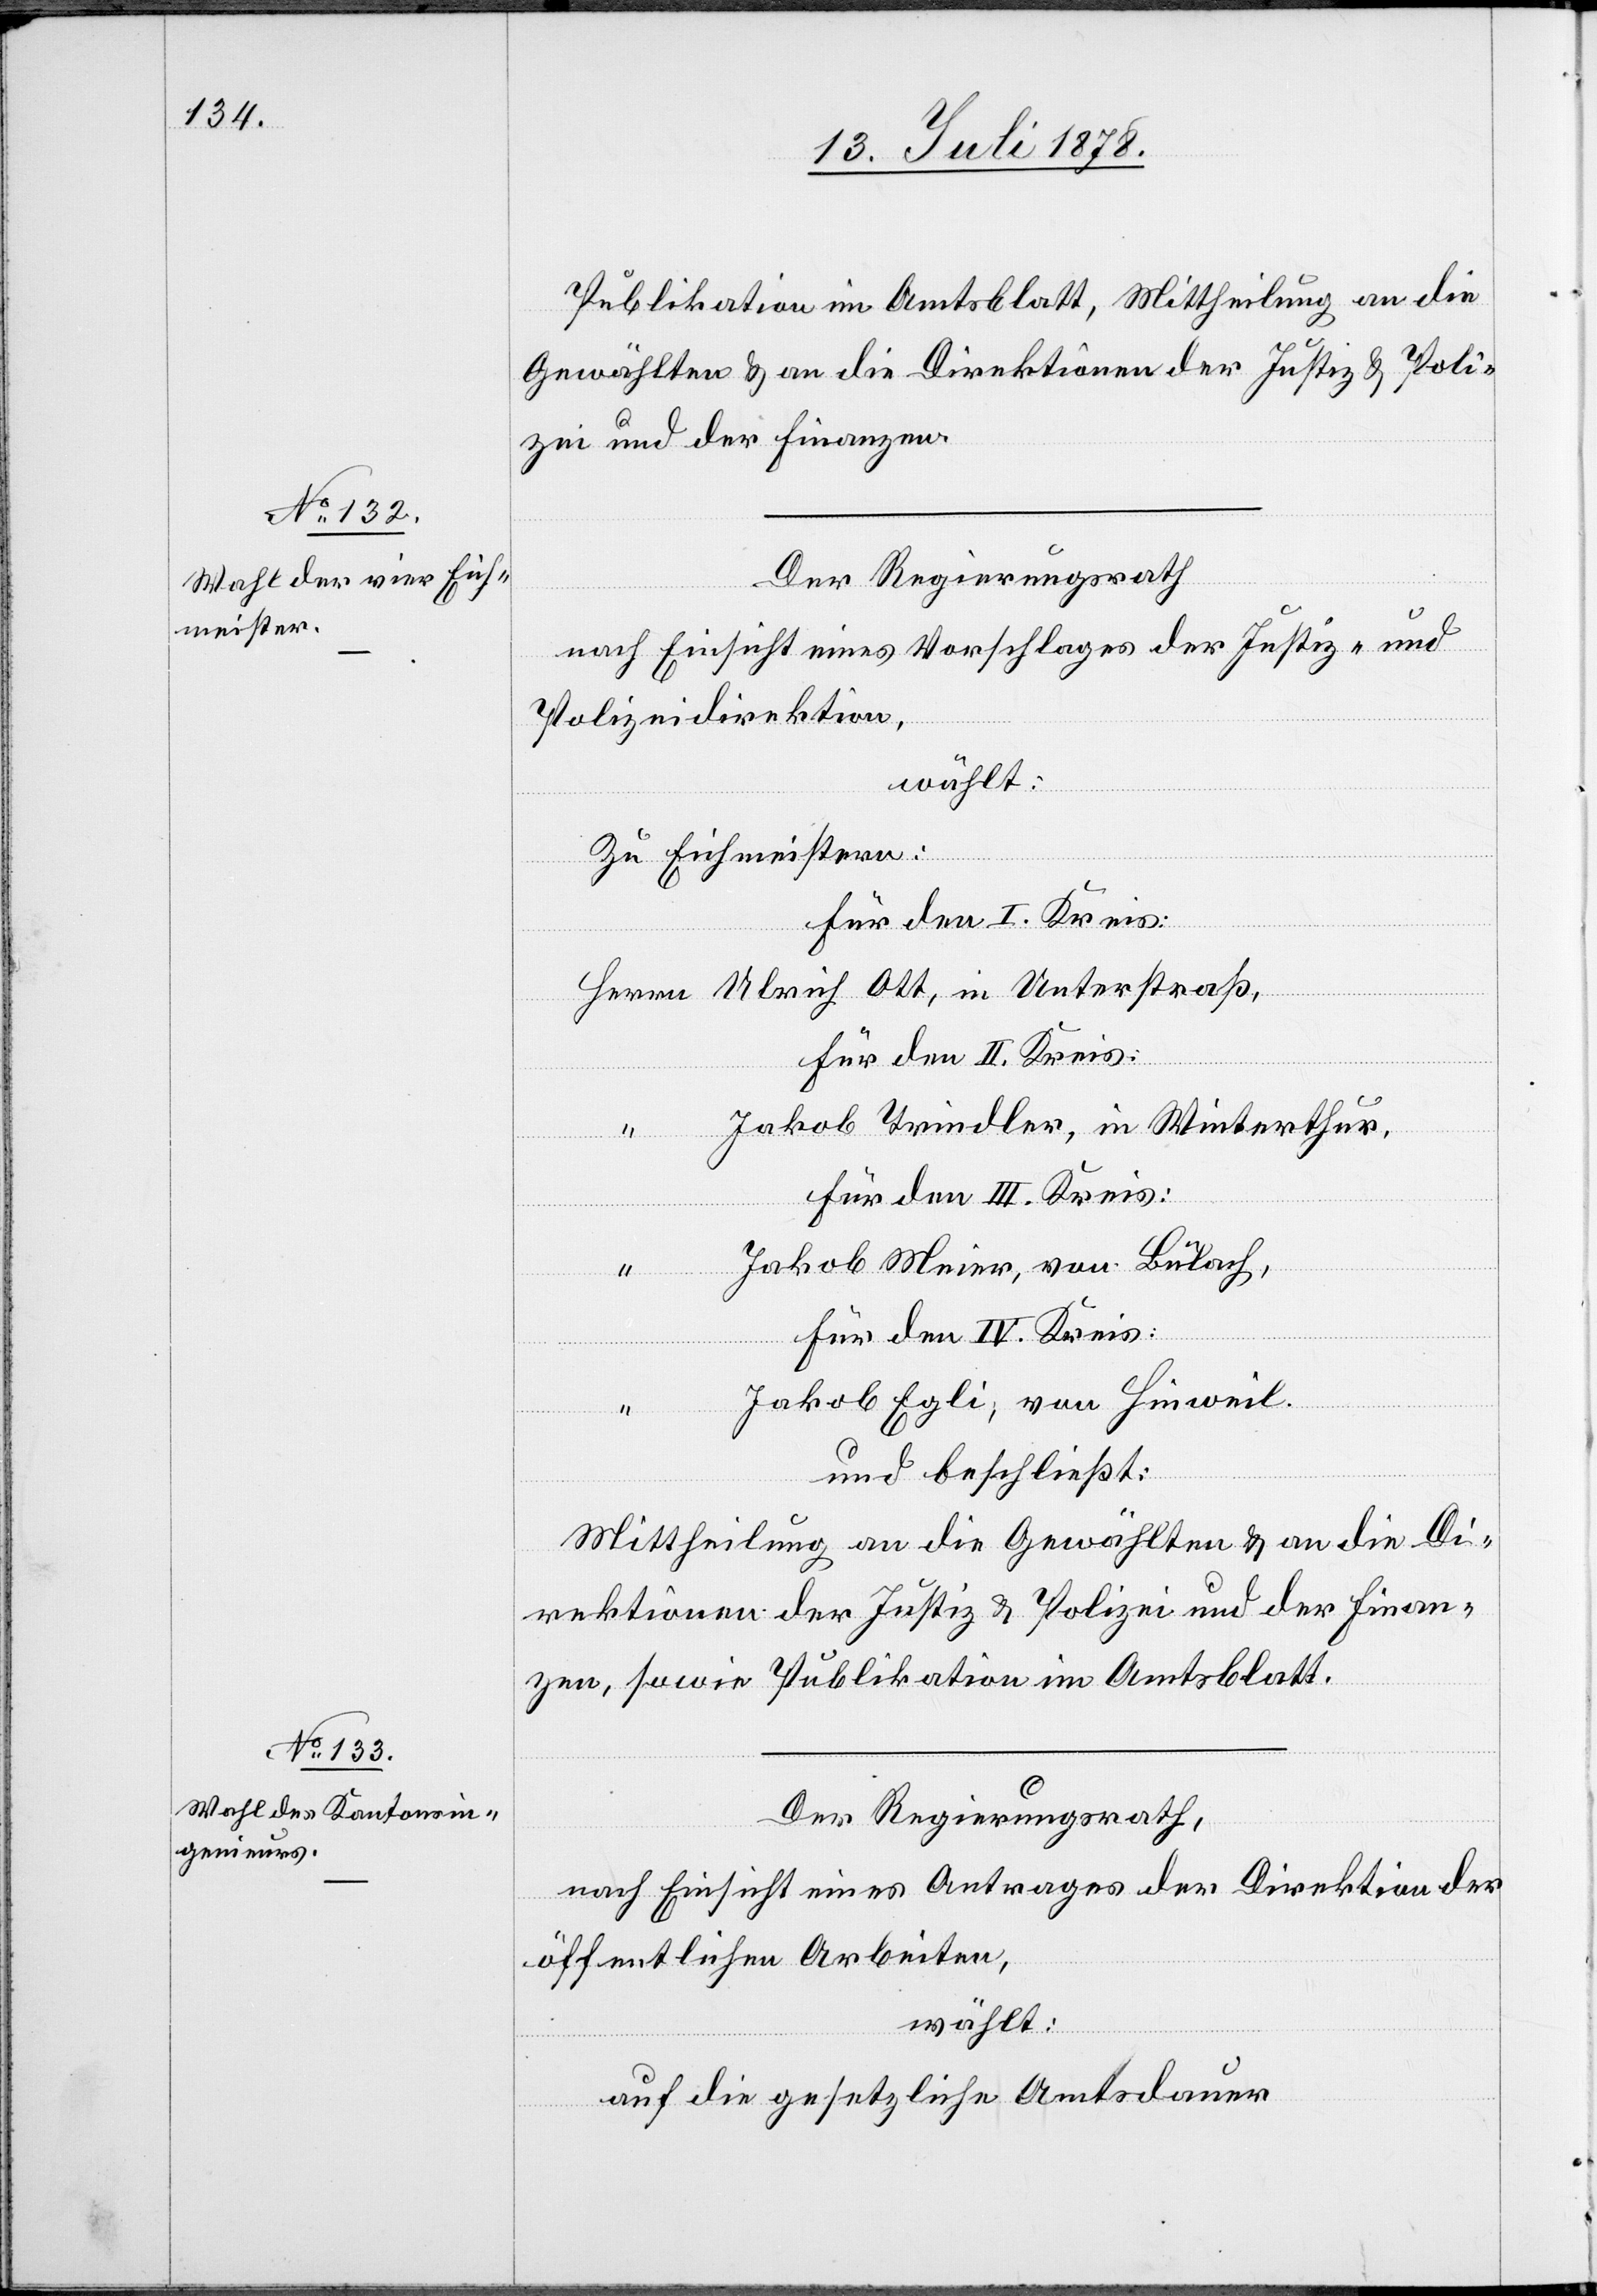
Publikation im Amtsblatt, Mittheilung an die
Gewählten & an die Direktionen der Justiz & Poli¬
zei und der Finanzen.
Der Regierungsrath
nach Einsicht eines Vorschlages der Justiz- &
Polizeidirektion,
wählt:
Zu Eichmeistern:
für den I. Kreis:
Herrn Ulrich Ott, in Unterstraß,
für den II. Kreis:
“ Jakob Trindler, in Winterthur,
für den III. Kreis:
“ Jakob Meier, von Bülach,
für den IV. Kreis:
Jakob Egli, von Hinweil.
und beschließt:
Mittheilung an die Gewählten & an die Di¬
rektionen der Justiz & Polizei und der Finan¬
zen, sowie Publikation im Amtsblatt.
Der Regierungsrath
nach Einsicht eines Antrages der Direktion der
öffentlichen Arbeiten,
wählt:
auf die gesetzliche Amtsdauer